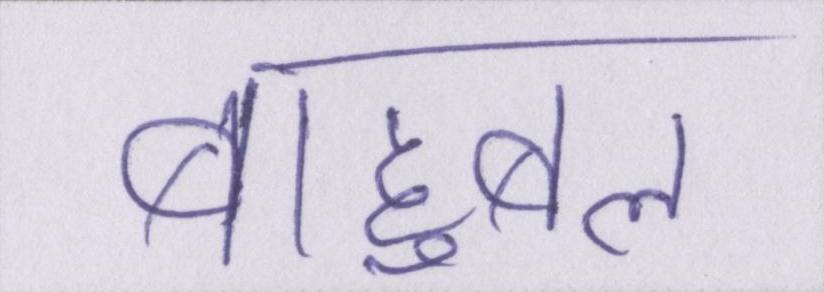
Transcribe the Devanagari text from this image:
बाहुबल